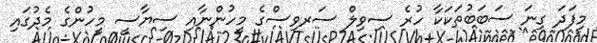
މިފަދަ ގިނަ ސަބަބުތަކަކާ ހުރެ ސިވިލް ސަރވިސްގެ މީހުންނާއި ސިޔާސީ މީހުންގެ މެދުގައި